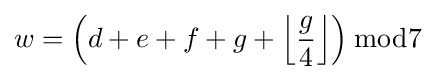
w=\left(d+e+f+g+\left\lfloor {\frac {g}{4}}\right\rfloor \right){\bmod {7}}